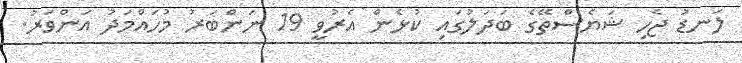
ލަނޑު ޖެހި ޝަޔެސްތޭގެ ބަދަލުގައި ކުޅެން އެރުވީ 19 ނަންބަރު މުހައްމަދު އަންވަރު.